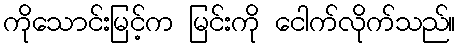
ကိုသောင်းမြင့်က မြင်းကို ငေါက်လိုက်သည်။